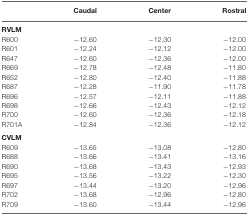
|  | Caudal | Center | Rostral |
 | --- | --- | --- | --- |
 | RVLM |
 | R600 | −12.60 | −12.30 | −12.00 |
 | R601 | −12.24 | −12.12 | −12.00 |
 | R647 | −12.60 | −12.36 | −12.00 |
 | R669 | −12.78 | −12.48 | −11.80 |
 | R652 | −12.80 | −12.40 | −11.88 |
 | R687 | −12.28 | −11.90 | −11.78 |
 | R696 | −12.57 | −12.11 | −11.88 |
 | R698 | −12.66 | −12.43 | −12.12 |
 | R700 | −12.60 | −12.36 | −12.18 |
 | R701A | −12.84 | −12.36 | −12.12 |
 | CVLM |
 | R609 | −13.65 | −13.08 | −12.80 |
 | R688 | −13.66 | −13.41 | −13.16 |
 | R690 | −13.68 | −13.43 | −12.93 |
 | R695 | −13.56 | −13.22 | −12.30 |
 | R697 | −13.44 | −13.20 | −12.96 |
 | R702 | −13.68 | −12.96 | −12.80 |
 | R709 | −13.60 | −13.44 | −12.96 |